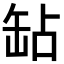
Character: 䍄